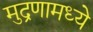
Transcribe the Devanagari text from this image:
मुद्रणामध्ये